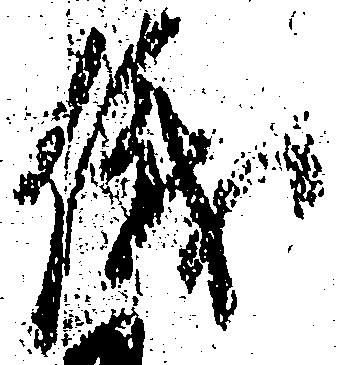
儀